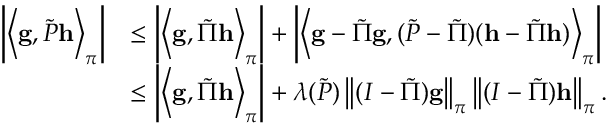
\begin{array} { r l } { \left\lvert \left\langle \mathbf { g } , \tilde { P } \mathbf { h } \right\rangle _ { \boldsymbol \pi } \right\rvert } & { \leq \left\lvert \left\langle \mathbf { g } , \tilde { \Pi } \mathbf { h } \right\rangle _ { \boldsymbol \pi } \right\rvert + \left\lvert \left\langle \mathbf { g } - \tilde { \Pi } \mathbf { g } , ( \tilde { P } - \tilde { \Pi } ) ( \mathbf { h } - \tilde { \Pi } \mathbf { h } ) \right\rangle _ { \boldsymbol \pi } \right\rvert } \\ & { \leq \left\lvert \left\langle \mathbf { g } , \tilde { \Pi } \mathbf { h } \right\rangle _ { \boldsymbol \pi } \right\rvert + \lambda ( \tilde { P } ) \left\lVert ( I - \tilde { \Pi } ) \mathbf { g } \right\rVert _ { \boldsymbol \pi } \left\lVert ( I - \tilde { \Pi } ) \mathbf { h } \right\rVert _ { \boldsymbol \pi } . } \end{array}